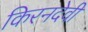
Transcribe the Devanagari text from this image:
किरनदेवी